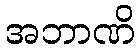
အဘာဏိ